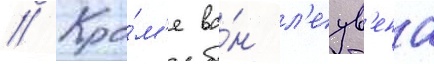
// Кро́м'е ва́н л'еув'ена